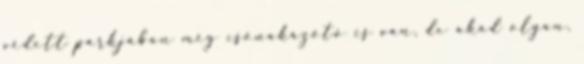
védett parkjában még csónakázótó is van, de akad olyan,